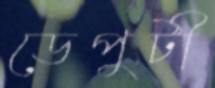
ডেপুটী